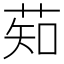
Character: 䓡